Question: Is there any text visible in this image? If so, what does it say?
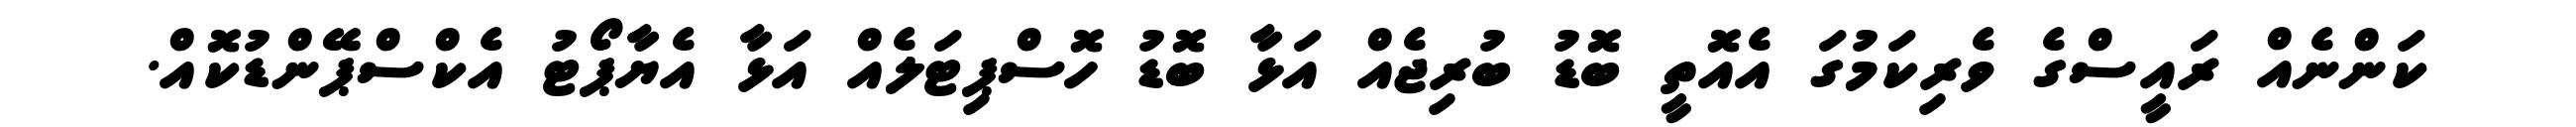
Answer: ކަންނެއް ރައީސްގެ ވެރިކަމުގަ އެއޮތީ ބޮޑު ބުރިޖެއް އަޅާ ބޮޑު ހޮސްޕިޓަލެއް އަޅާ އެޔާޕޯޓު އެކްސްޕޭންޑުކޮއް.